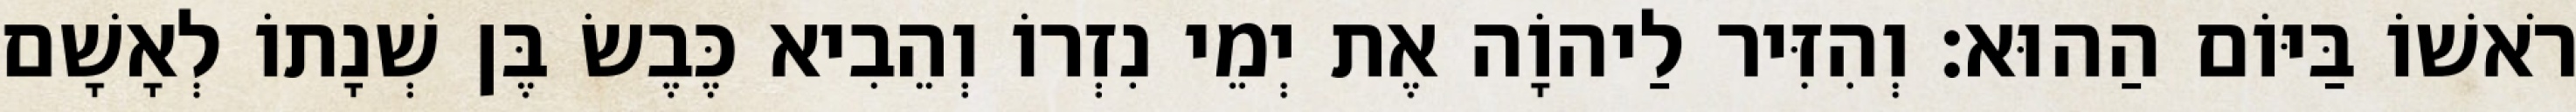
רֹאשׁוֹ בַּיּוֹם הַהוּא׃ וְהִזִּיר לַיהוָֹה אֶת יְמֵי נִזְרוֹ וְהֵבִיא כֶּבֶשׂ בֶּן שְׁנָתוֹ לְאָשָׁם